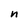
Character: n